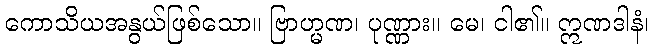
ကောသိယအနွယ်ဖြစ်သော။ ဗြာဟ္မဏ၊ ပုဏ္ဏား။ မေ၊ ငါ၏။ ဣဏဒါနံ၊